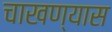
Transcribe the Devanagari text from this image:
चाखण्यास